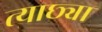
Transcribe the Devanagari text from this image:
त्याछ्या